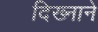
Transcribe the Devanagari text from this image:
दिख्नाने